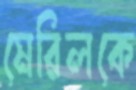
মেরিলকে